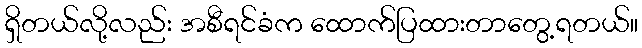
ရှိတယ်လို့လည်း အစီရင်ခံက ထောက်ပြထားတာတွေ့ရတယ်။